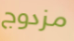
مزدوج